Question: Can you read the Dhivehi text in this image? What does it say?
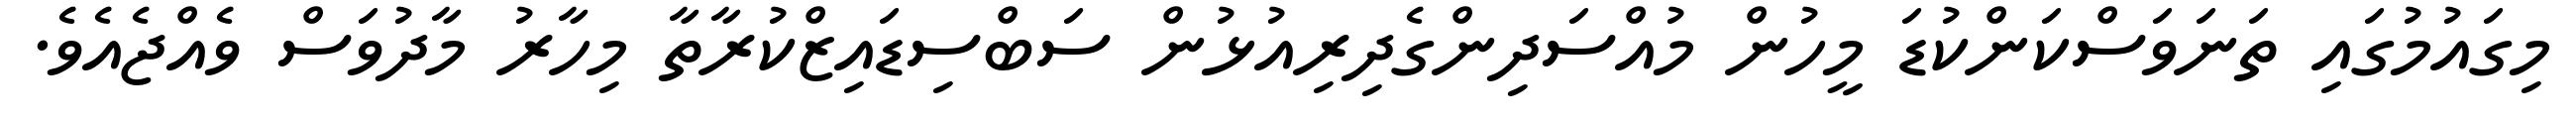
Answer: މިގައުމުގައި ތަނަވަސްކަންކުޑަ މީހުން މުއްސަދިންގެދިރިއުޅުން ސަބްސިޑައިޒްކުރާތާ މިހާރު މާދުވަސް ވެއްޖެއެވެ.